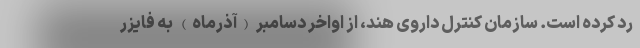
رد کرده است. سازمان کنترل داروی هند، از اواخر دسامبر (آذرماه) به فایزر